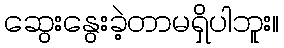
ဆွေးနွေးခဲ့တာမရှိပါဘူး။